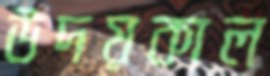
উদয়কাল